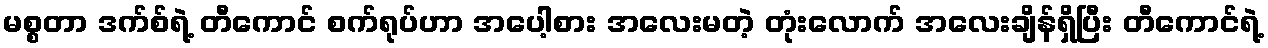
မစ္စတာ ဒက်စ်ရဲ့ တီကောင် စက်ရုပ်ဟာ အပေါ့စား အလေးမတဲ့ တုံးလောက် အလေးချိန်ရှိပြီး တီကောင်ရဲ့